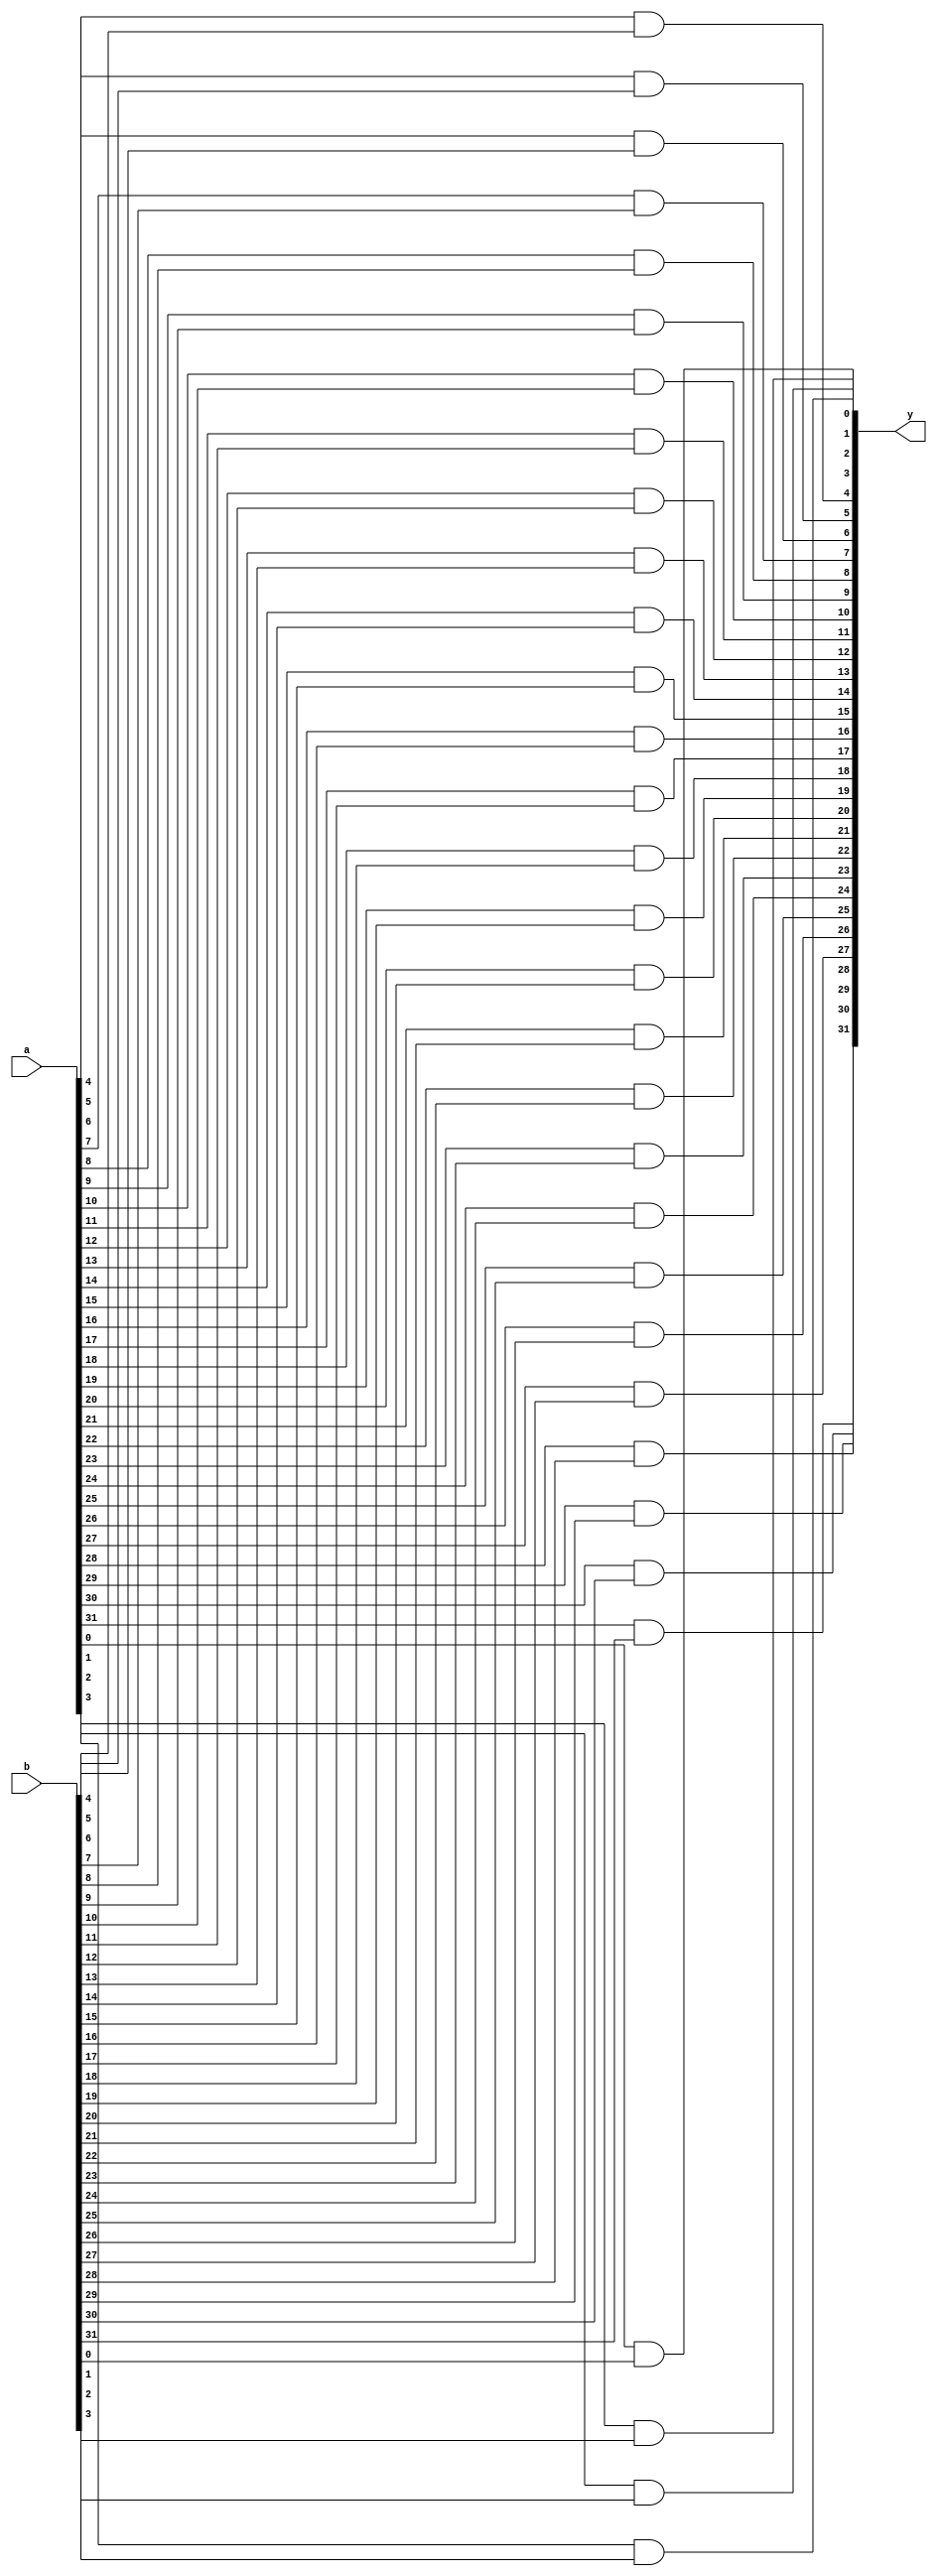
module and_all
(
    input [31:0] a, b,
    output [31:0] y
);
    and a0(y[0],a[0],b[0]);
    and a1(y[1],a[1],b[1]);
    and a2(y[2],a[2],b[2]);
    and a3(y[3],a[3],b[3]);
    and a4(y[4],a[4],b[4]);
    and a5(y[5],a[5],b[5]);
    and a6(y[6],a[6],b[6]);
    and a7(y[7],a[7],b[7]);
    and a8(y[8],a[8],b[8]);
    and a9(y[9],a[9],b[9]);
    and a10(y[10],a[10],b[10]);
    and a11(y[11],a[11],b[11]);
    and a12(y[12],a[12],b[12]);
    and a13(y[13],a[13],b[13]);
    and a14(y[14],a[14],b[14]);
    and a15(y[15],a[15],b[15]);
    and a16(y[16],a[16],b[16]);
    and a17(y[17],a[17],b[17]);
    and a18(y[18],a[18],b[18]);
    and a19(y[19],a[19],b[19]);
    and a20(y[20],a[20],b[20]);
    and a21(y[21],a[21],b[21]);
    and a22(y[22],a[22],b[22]);
    and a23(y[23],a[23],b[23]);
    and a24(y[24],a[24],b[24]);
    and a25(y[25],a[25],b[25]);
    and a26(y[26],a[26],b[26]);
    and a27(y[27],a[27],b[27]);
    and a28(y[28],a[28],b[28]);
    and a29(y[29],a[29],b[29]);
    and a30(y[30],a[30],b[30]);
    and a31(y[31],a[31],b[31]);
endmodule